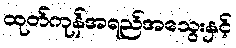
ထုတ်ကုန်အရည်အသွေးနှင့်